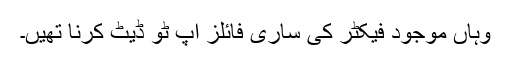
وہاں موجود فیکٹر کی ساری فائلز اَپ ٹو ڈیٹ کرنا تھیں۔